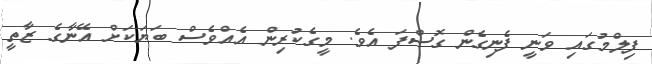
ފިލްމުގައި ވަނީ ފެނިގެން ގޮސްފަ އެވެ. މީގެކުރިން އެއްވެސް ބަޔަކަށް އޭނާގެ ޒާތީ